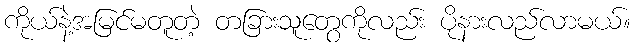
ကိုယ်နဲ့အမြင်မတူတဲ့ တခြားသူတွေကိုလည်း ပိုနားလည်လာမယ်။